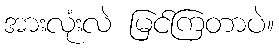
အားလုံးလဲ မြင်ကြတာပဲ။